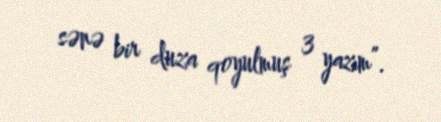
sənə bir duza qoyulmuş 3 yazım”.